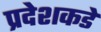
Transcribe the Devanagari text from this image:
प्रदेशकडे